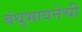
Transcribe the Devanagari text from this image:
बंधुभावनेची